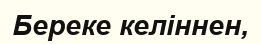
Береке келіннен,